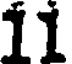
11